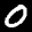
Label: 0